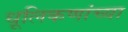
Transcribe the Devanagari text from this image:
धूलिकणांच्या